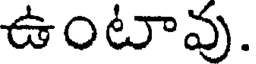
ఉంటావు.